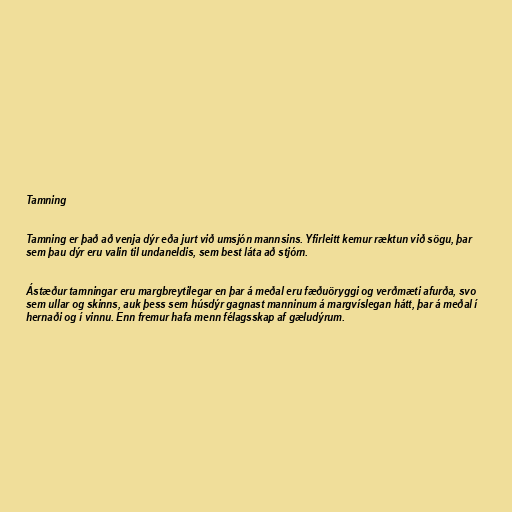
Tamning

Tamning er það að venja dýr eða jurt við umsjón mannsins. Yfirleitt kemur ræktun við sögu, þar
sem þau dýr eru valin til undaneldis, sem best láta að stjórn.

Ástæður tamningar eru margbreytilegar en þar á meðal eru fæðuöryggi og verðmæti afurða, svo
sem ullar og skinns, auk þess sem húsdýr gagnast manninum á margvíslegan hátt, þar á meðal í
hernaði og í vinnu. Enn fremur hafa menn félagsskap af gæludýrum.